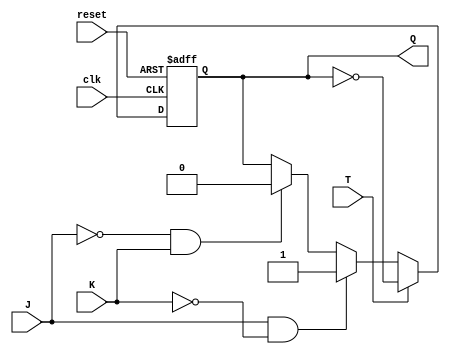
module tff_jk (
    input wire clk,
    input wire reset,
    input wire J,
    input wire K,
    input wire T,
    output reg Q
);

reg temp;

always @(posedge clk or posedge reset) begin
    if (reset) begin
        Q <= 1'b0;
    end else begin
        if (T) begin
            Q <= ~Q;
        end else begin
            if (J & ~K) begin
                Q <= 1'b1;
            end else if (~J & K) begin
                Q <= 1'b0;
            end
        end
    end
end

endmodule